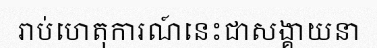
រាប់ហេតុការណ៍នេះជាសង្គាយនា